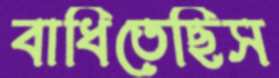
বাধিতেছিস